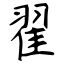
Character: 翟